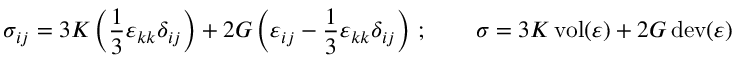
\sigma _ { i j } = 3 K \left( { \frac { 1 } { 3 } } \varepsilon _ { k k } \delta _ { i j } \right) + 2 G \left( \varepsilon _ { i j } - { \frac { 1 } { 3 } } \varepsilon _ { k k } \delta _ { i j } \right) \, ; \qquad { \boldsymbol { \sigma } } = 3 K \operatorname { v o l } ( { \boldsymbol { \varepsilon } } ) + 2 G \operatorname { d e v } ( { \boldsymbol { \varepsilon } } )